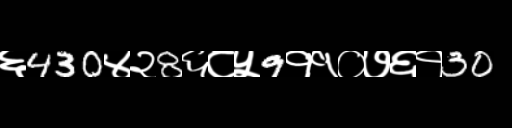
Text: ६430४२8६८५9११०७६१30